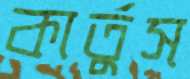
কার্তুস